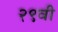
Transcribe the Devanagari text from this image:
२९वी